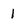
Character: 1